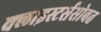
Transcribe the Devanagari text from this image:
क्लाइस्टर्ससोबत